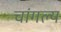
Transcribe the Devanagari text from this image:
चांगल्य